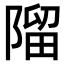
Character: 𨻧